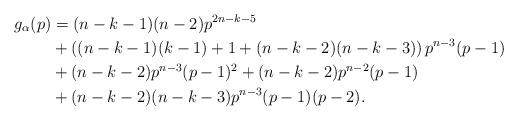
LaTeX: \begin{align*}g_\alpha(p) &= (n-k-1)(n-2) p^{2n-k-5} \\&+ \left((n-k-1)(k-1) + 1 + (n-k-2)(n-k-3)\right) p^{n-3} (p-1) \\&+(n-k-2)p^{n-3}(p-1)^2 + (n-k-2)p^{n-2} (p-1)\\&+ (n-k-2)(n-k-3)p^{n-3}(p-1)(p-2).\end{align*}